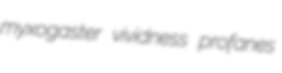
myxogaster vividness profanes